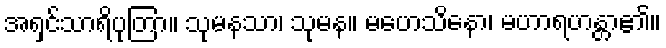
အရှင်သာရိပုတြာ။ သုမနသာ၊ သုမန။ မဟေသိနော၊ မဟာရဟန္တာ၏။